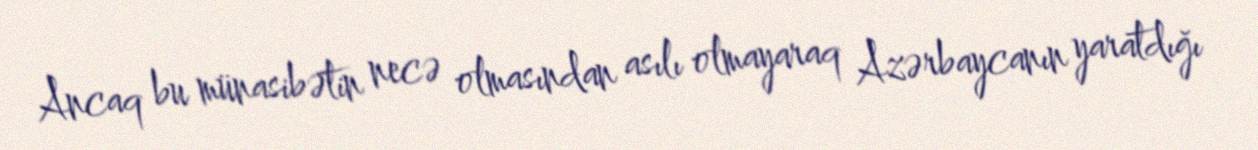
Ancaq bu münasibətin necə olmasından asılı olmayaraq Azərbaycanın yaratdığı